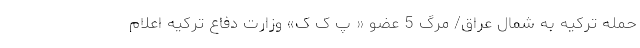
حمله ترکیه به شمال عراق/ مرگ 5 عضو « پ ک ک» وزارت دفاع ترکیه اعلام